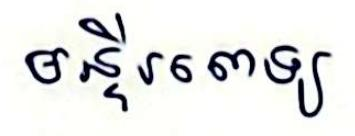
មន្ទីរពេទ្យ